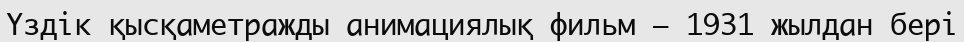
Үздік қысқаметражды анимациялық фильм – 1931 жылдан бері